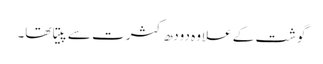
گوشت کے علاوہ دودھ کثرت سے پیتا تھا۔